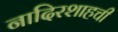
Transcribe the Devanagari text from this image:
नादिरशाहची